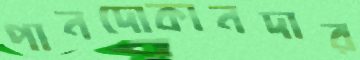
পানদোকানদার